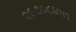
૨૯૭૦૮૪૫૧